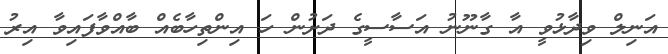
އަނިލް ވިދާޅުވީ އާ ގާނޫނު އަސާސީގެ ދަށުން ހަ އިންތިހާބެއް ބާއްވާފައިވާ އިރު